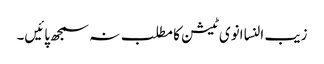
زیب النسا انوی ٹیشن کا مطلب نہ سمجھ پائیں۔